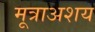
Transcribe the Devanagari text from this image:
मूत्राअशय